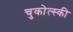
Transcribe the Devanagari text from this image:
चुकोत्स्की